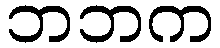
ဘဘက